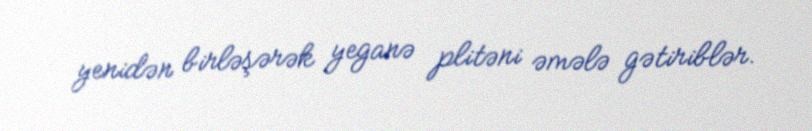
yenidən birləşərək yeganə plitəni əmələ gətiriblər.